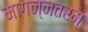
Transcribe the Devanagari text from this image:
मागन्नतरम्